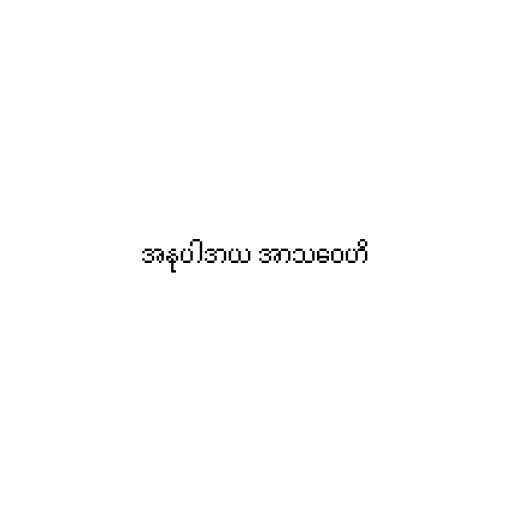
အနုပါဒာယ အာသဝေဟိ